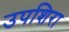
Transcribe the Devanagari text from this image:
उपशिरा